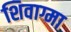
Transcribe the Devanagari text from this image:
शिवाग्मा